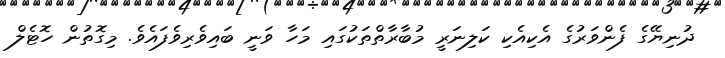
ދުނިޔޭގެ ފެންވަރުގެ އެކިއެކި ކަލިނަރީ މުބާރާތްތަކުގައި މަހާ ވަނީ ބައިވެރިވެފައެވެ. މިގޮތުން ހޮޓެލް